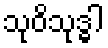
သုဝိသုဒ္ဓါ